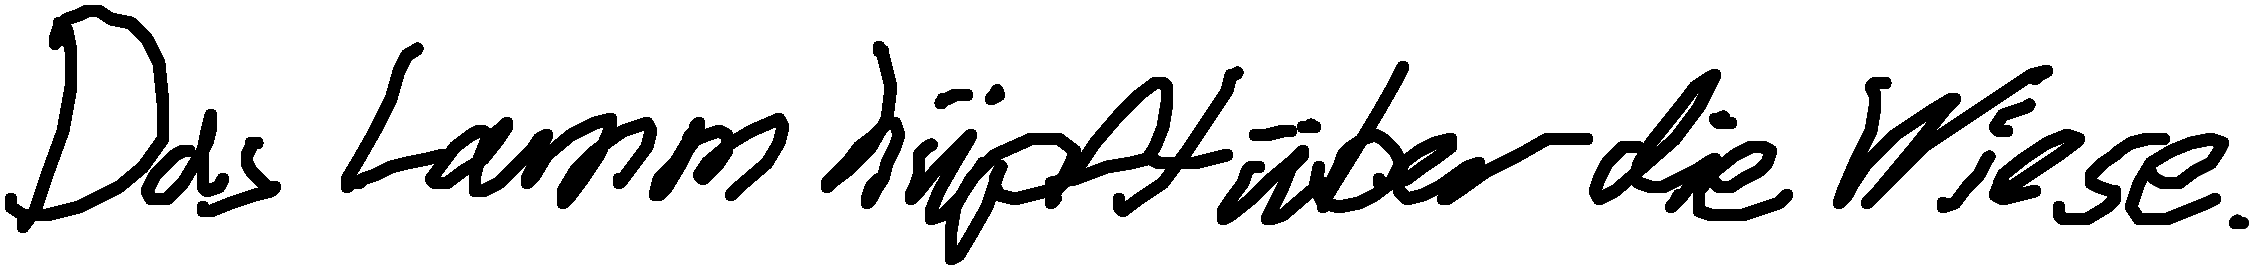
Das Lamm hüpft über die Wiese.